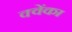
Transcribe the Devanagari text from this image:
क्वेंका